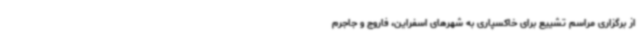
از برگزاری مراسم تشییع برای خاکسپاری به شهرهای اسفراین، فاروج و جاجرم